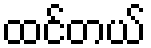
ထင်တယ်